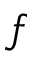
f